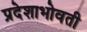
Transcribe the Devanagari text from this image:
प्रदेशाभोवती